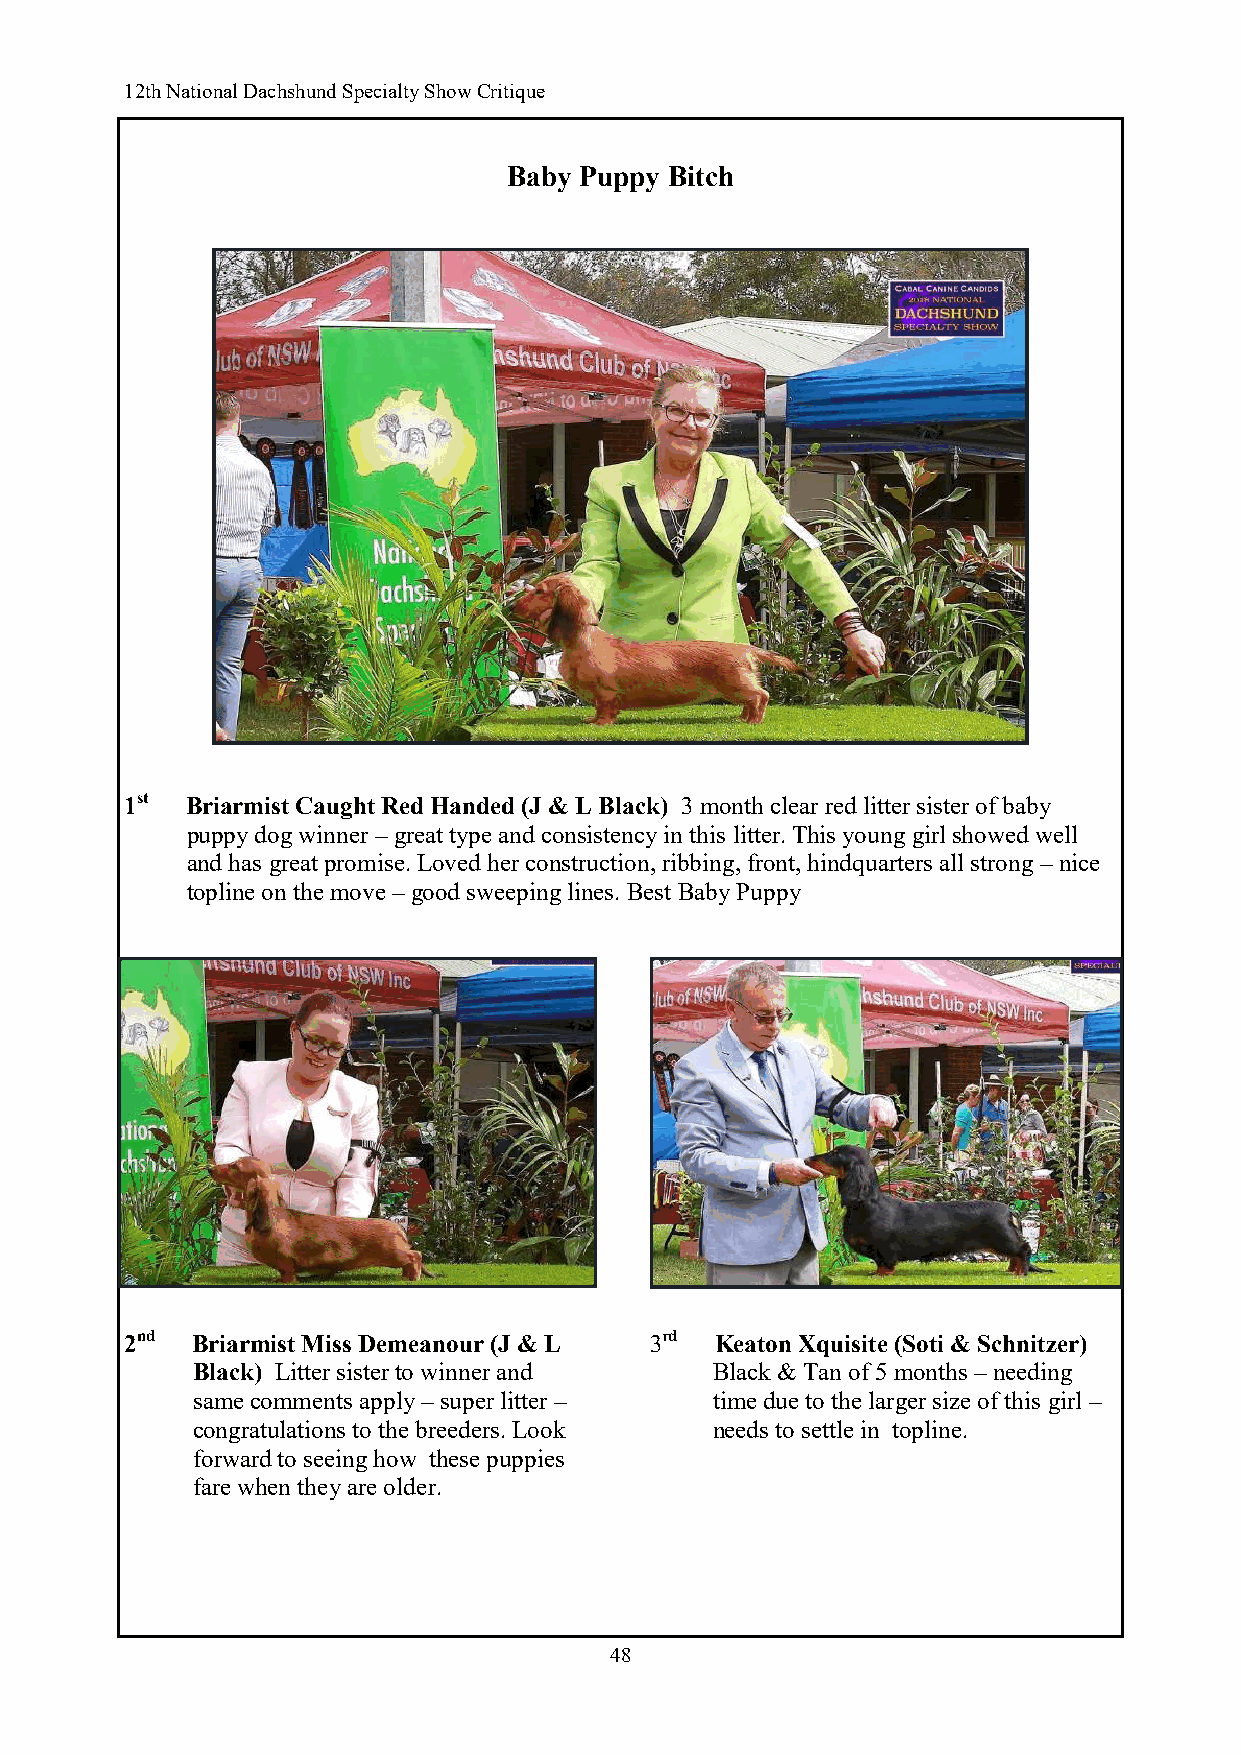
12th National Dachshund Specialty Show Critique
 Baby Puppy Bitch
 1st Briarmist Caught Red Handed (J & L Black) 3 month clear red litter sister of baby
 puppy dog winner – great type and consistency in this litter. This young girl showed well
 and has great promise. Loved her construction, ribbing, front, hindquarters all strong – nice
 topline on the move – good sweeping lines. Best Baby Puppy
 2nd  Briarmist Miss Demeanour (J & L 3rd Keaton Xquisite (Soti & Schnitzer)
 Black) Litter sister to winner and Black & Tan of 5 months – needing
 same comments apply – super litter – time due to the larger size of this girl –
 congratulations to the breeders. Look needs to settle in topline.
 forward to seeing how these puppies
 fare when they are older.
 48